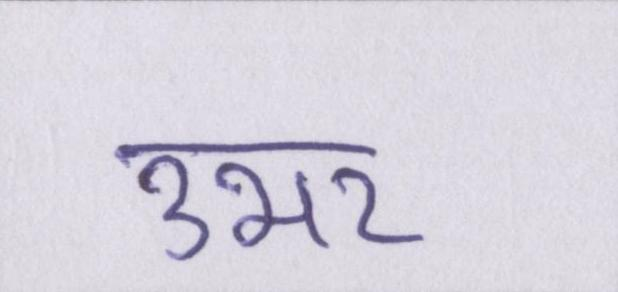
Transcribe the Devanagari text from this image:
उभर